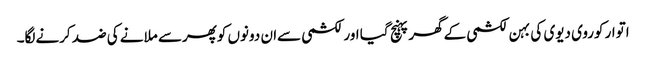
اتوار کوروی دیوی کی بہن لکشمی کےگھرپہنچ گیا اورلکشمی سےان دونوں کوپھرسے ملانے کی ضد کرنےلگا۔